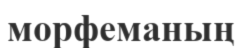
морфеманың